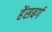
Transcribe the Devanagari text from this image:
हेंसबर्ग